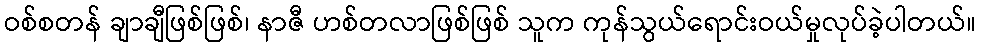
ဝစ်စတန် ချာချီဖြစ်ဖြစ်၊ နာဇီ ဟစ်တလာဖြစ်ဖြစ် သူက ကုန်သွယ်ရောင်းဝယ်မှုလုပ်ခဲ့ပါတယ်။